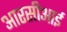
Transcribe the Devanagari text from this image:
आरसीआई